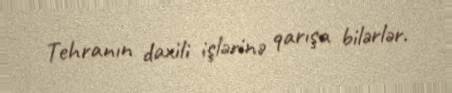
Tehranın daxili işlərinə qarışa bilərlər.